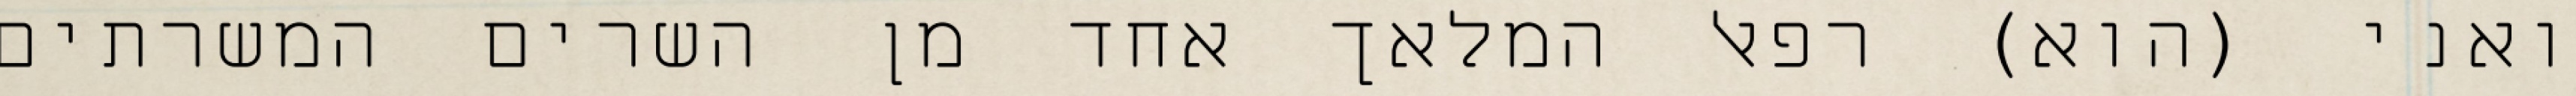
ואני (הוא) רפאל המלאך אחד מן השרים המשרתים